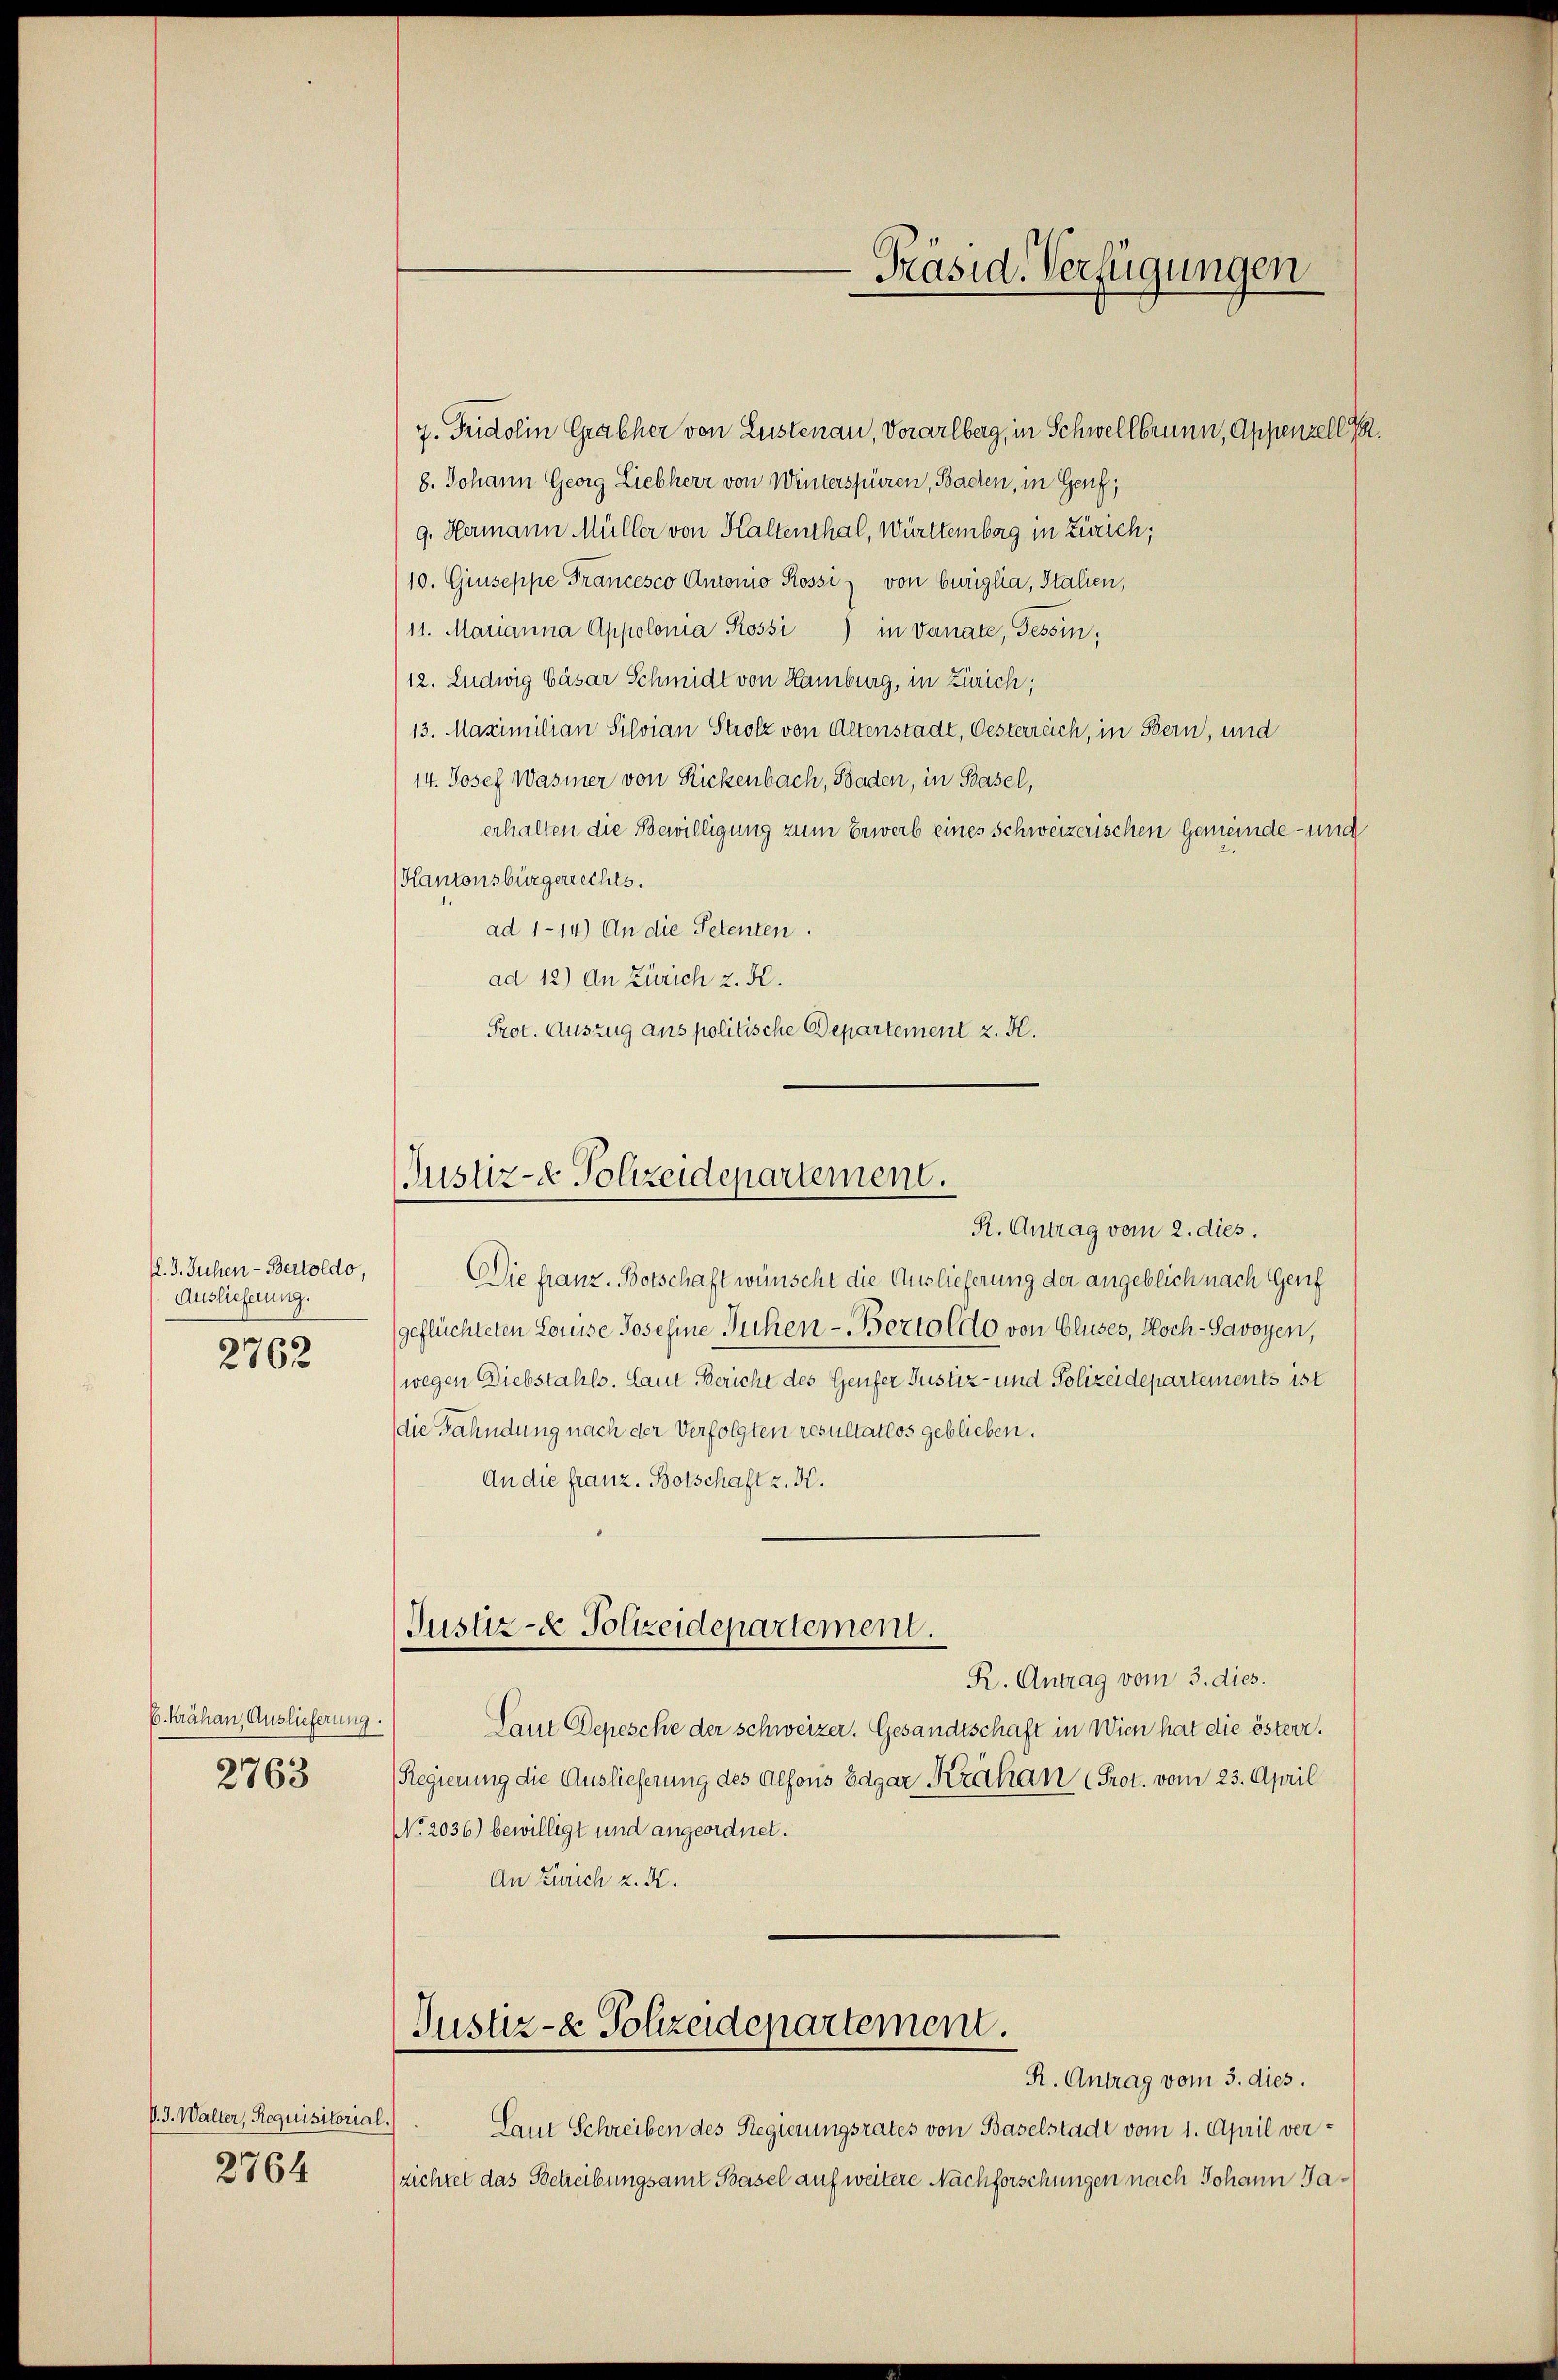
fl. 3. Juhen - Bertoldo,
Auslieferung.
2762

E. krähan, Auslieferung.
2763

P. J. Walter, Requisitorial
2764

7. Fridolin Grasher von Lustenau, Vorarlberg, in Schwellbrunn, Appenzell I.
8. Johann Georg Liebherr von Winterspüren, Baden, in Genf,
9. Hermann Müller von Kaltenthal, Württemberg in Zürich;
10. Giuseppe Francesco Antonio Rossi, von buriglia, Stallen,
11. Marianna Appolonia Rossi) in Vanate, Tessin,
12. Ludwig Cäsar Schmidt von Hamburg, in Zürich;
13. Maximilian Silvian Strotz von Altenstadt, Oesterreich, in Bern, und
14. Josef Wasmer von Rickenbach, Baden, in Basel,
erhalten die Bewilligung zum Erwerb eines schweizerischen Gemeinde- und
Kantonsbürgerrechts.
ad 1-14) An die Petenten.
ad 12) An Zürich z. K.
Prot. Auszug aus politische Departement z. H.

Justiz- & Polizeidepartement.

Justiz- & Polizeidepartement.

-Präsid. Verfügungen

R. Antrag vom 2. dies.
Die franz. Botschaft wünscht die Auslieferung der angeblich nach Genf
geflüchteten Louise Josefine Sichen - Bertoldo von Cluses, Hoch-Savoyen,
wegen Diebstahls. Laut Bericht des Genfer Justiz- und Polizeidepartements ist
die Fahndung nach der Verfolgten resultatlos geblieben.
An die franz. Botschaft z. K.
R. Antrag vom 3. dies.
Laut Depesche der Schweizer. Gesandtschaft in Wien hat die österr.
(Regierung die Auslieferung des Alfons Edgar Krakan (Prot. vom 23. April
No. 2036) bewilligt und angeordnet.
An Zürich z. K.
Justiz- & Polizeidepartement.
R. Antrag vom 3. dies.
Laut Schreiben des Regierungsrates von Baselstadt vom 1. April ver-
richtet das Betreibungsamt Basel auf weitere Nachforschungen nach Johann Ja¬